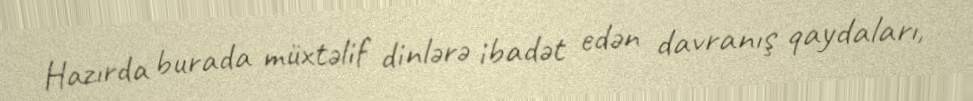
Hazırda burada müxtəlif dinlərə ibadət edən davranış qaydaları,